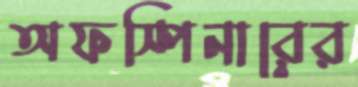
অফস্পিনারের